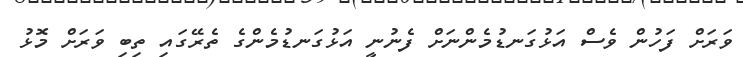
ވަރަށް ފަހުން ވެސް އަޅުގަނޑުމެންނަށް ފެނުނީ އަޅުގަނޑުމެންގެ ތެރޭގައި ތިބި ވަރަށް މޮޅު